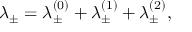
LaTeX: \lambda _ { \pm } = \lambda _ { \pm } ^ { ( 0 ) } + \lambda _ { \pm } ^ { ( 1 ) } + \lambda _ { \pm } ^ { ( 2 ) } ,